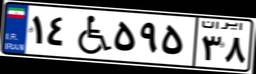
۱۴W۵۹۵۳۸